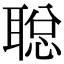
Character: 聪